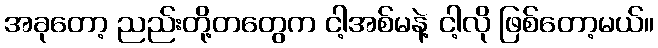
အခုတော့ ညည်းတို့တတွေက ငါ့အစ်မနဲ့ ငါ့လို ဖြစ်တော့မယ်။